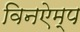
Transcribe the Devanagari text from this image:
विनऐम्प